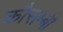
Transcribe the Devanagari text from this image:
कौसम्बी